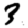
Digit: 3